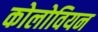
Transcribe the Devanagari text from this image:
कोलोवियन